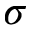
\sigma